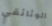
الوثائقي